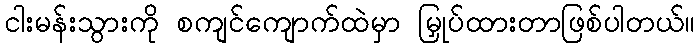
ငါးမန်းသွားကို စကျင်ကျောက်ထဲမှာ မြှုပ်ထားတာဖြစ်ပါတယ်။